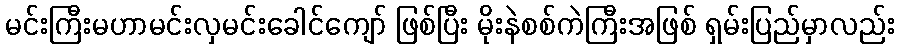
မင်းကြီးမဟာမင်းလှမင်းခေါင်ကျော် ဖြစ်ပြီး မိုးနဲစစ်ကဲကြီးအဖြစ် ရှမ်းပြည်မှာလည်း